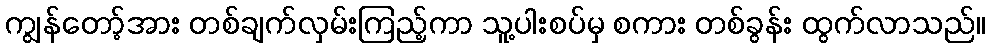
ကျွန်တော့်အား တစ်ချက်လှမ်းကြည့်ကာ သူ့ပါးစပ်မှ စကား တစ်ခွန်း ထွက်လာသည်။